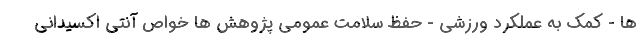
ها - کمک به عملکرد ورزشی - حفظ سلامت عمومی پژوهش ها خواص آنتی اکسیدانی